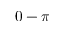
0 - \pi